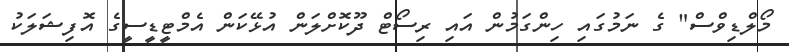
މޯލްޑިވްސް" ގެ ނަމުގައި ހިންގަމުން އައި ރިސޯޓް ދޫކޮށްލަން އުޅޭކަން އެމްޓީޑީސީގެ އޮފިޝަލަކު